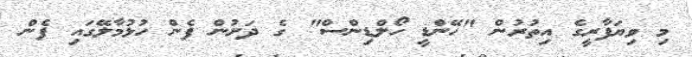
މި ވިޔަފާރީގެ އިތުރުން "ހޭންޑީ ހޯލްޑިންސް" ގެ ދަށުން ފެން ހުޅުމާލޭގައި ފެން